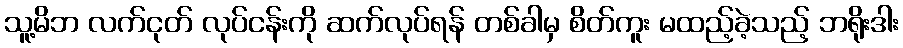
သူ့မိဘ လက်ငုတ် လုပ်ငန်းကို ဆက်လုပ်ရန် တစ်ခါမှ စိတ်ကူး မထည့်ခဲ့သည့် ဘရိုးဒါး